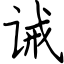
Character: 诫